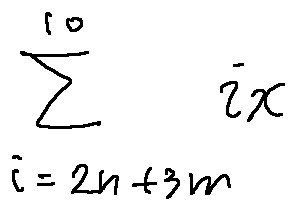
\sum \limits _ { i = 2 n + 3 m } ^ { 1 0 } i x